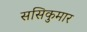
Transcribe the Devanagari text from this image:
ससिकुमार